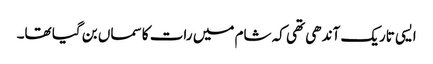
ایسی تاریک آندھی تھی کہ شام میں رات کا سماں بن گیا تھا۔